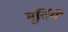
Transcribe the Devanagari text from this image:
मूर्तियँ